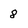
Character: 8